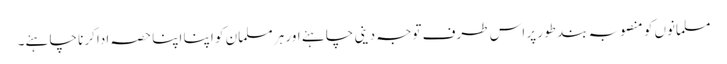
مسلمانوں کو منصوبہ بند طور پر اس طرف توجہ دینی چاہئے اور ہر مسلمان کو اپنا اپنا حصہ ادا کرنا چاہئے۔